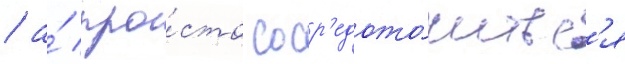
/ а́ про́сто соср'едото́читьс'я